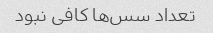
تعداد سس‌ها کافی نبود